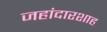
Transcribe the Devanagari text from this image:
जहांदारशाह